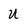
Character: U